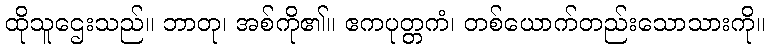
ထိုသူဌေးသည်။ ဘာတု၊ အစ်ကို၏။ ဧကပုတ္တကံ၊ တစ်ယောက်တည်းသောသားကို။